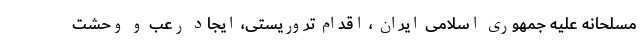
مسلحانه علیه جمهوری اسلامی ایران ، اقدام تروریستی، ایجاد رعب و وحشت